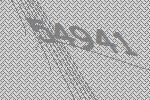
54941